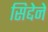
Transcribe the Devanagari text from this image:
सिद्देने